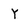
Character: Y